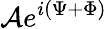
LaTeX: \mathcal{A}e^{i(\Psi+\Phi)}